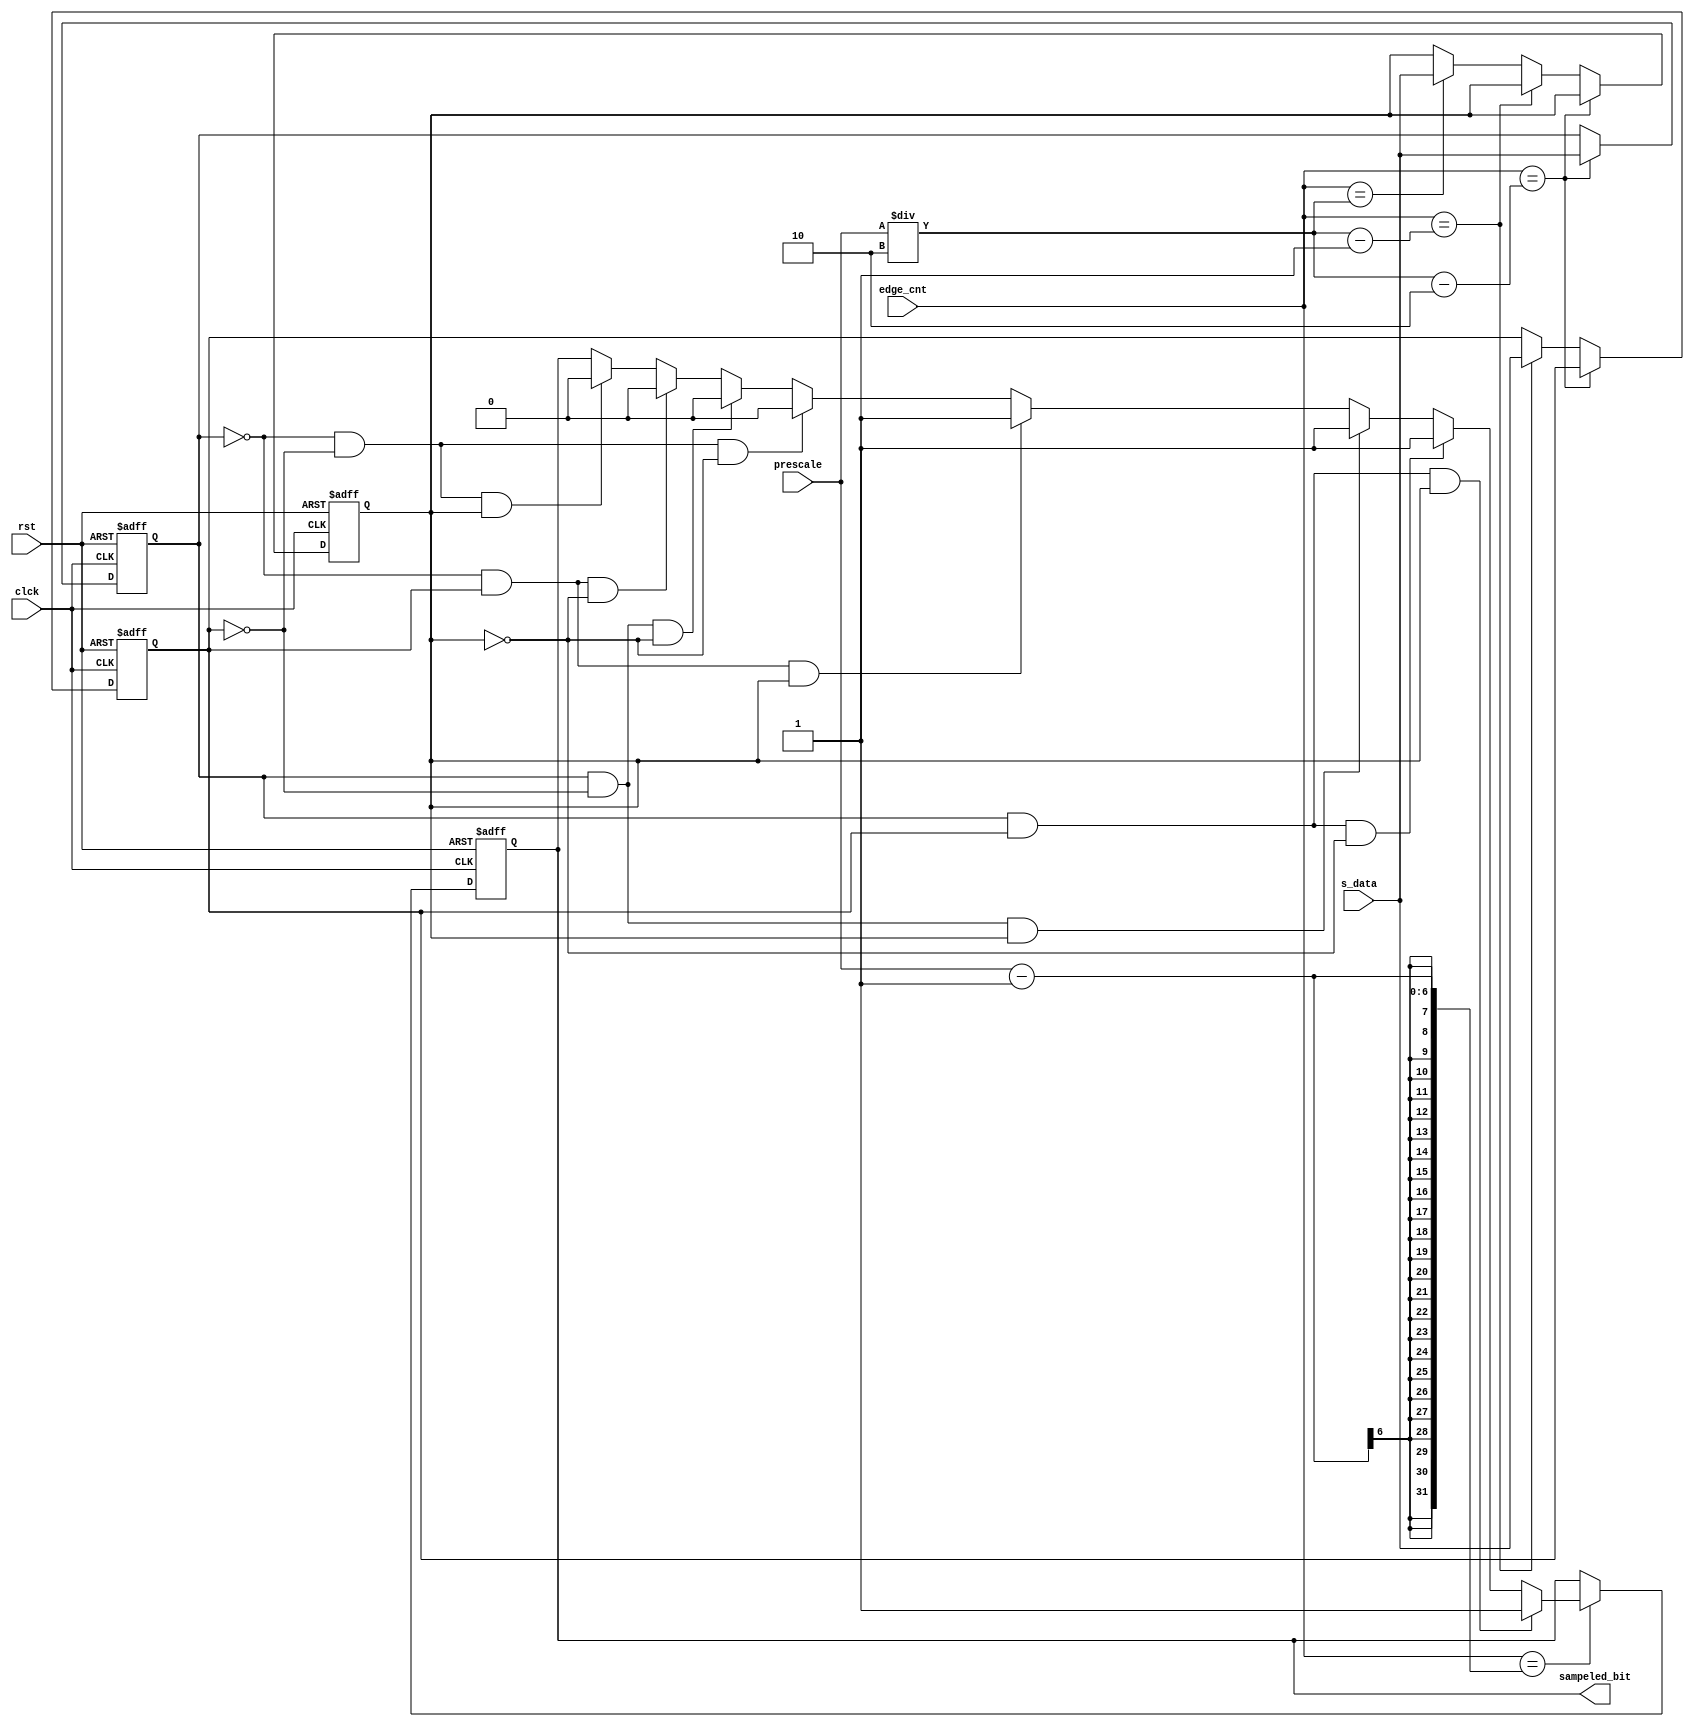
module sampler (s_data,edge_cnt,clck,rst,sampeled_bit,prescale   );
input s_data,clck,rst;
input [5:0]edge_cnt;
input [5:0] prescale;
output reg sampeled_bit;

reg sample_1,sample_2,sample_3;

always @(posedge clck or negedge rst)
begin
    if (rst==0)
    begin
        sample_1<=1;
        sample_2<=1;
        sample_3<=1;
    end
    else if (edge_cnt==((prescale/2)-2))
    begin
        sample_1<=s_data;

        sample_2<=sample_2;
        sample_3<=sample_3;
    end
    else if (edge_cnt==((prescale/2)-1))
    begin
        sample_2<=s_data;

        sample_1<=sample_1;
        sample_3<=sample_3;
    end
    else if (edge_cnt==((prescale/2)))
    begin
        sample_3<=s_data;

        sample_2<=sample_2;
        sample_1<=sample_1;
    end
    else
    begin
        sample_1<=sample_1;
        sample_2<=sample_2;
        sample_3<=sample_3;
    end
end

always @(posedge clck or negedge rst)
begin
    if (rst==0)
    begin
        sampeled_bit<=1;
    end

    else if (edge_cnt==prescale-1)
    begin

    if (sample_1 ==1 &sample_2==1 &&sample_3==1)
    begin
        sampeled_bit<=1;
    end
    else if (sample_1 ==1 &sample_2==1 &&sample_3==0)
    begin
        sampeled_bit<=1;
    end
    else if (sample_1 ==1 &sample_2==0 &&sample_3==1)
    begin
        sampeled_bit<=1;
    end
    else if (sample_1 ==0 &sample_2==1 &&sample_3==1)
    begin
        sampeled_bit<=1;
    end


    else if (sample_1 == 0 &sample_2==0 &&sample_3==0)
    begin
        sampeled_bit<=0;
    end
    else if (sample_1 == 1 &sample_2==0 &&sample_3==0)
    begin
        sampeled_bit<=0;
    end
    else if (sample_1 == 0 &sample_2==1 &&sample_3==0)
    begin
        sampeled_bit<=0;
    end
    else if (sample_1 == 0 &sample_2==0 &&sample_3==1)
    begin
        sampeled_bit<=0;
    end
    end
    else 
    begin
        sampeled_bit<=sampeled_bit;
    end
end

endmodule